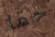
حقا